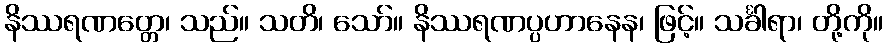
နိဿရဏတ္တေ၊ သည်။ သတိ၊ သော်။ နိဿရဏပ္ပဟာနေန၊ ဖြင့်။ သင်္ခါရာ၊ တို့ကို။